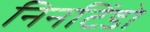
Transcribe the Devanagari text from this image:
निनटिंडो